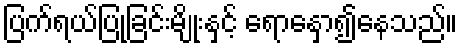
ပြက်ရယ်ပြုခြင်းမျိုးနှင့် ရောနှော၍နေသည်။